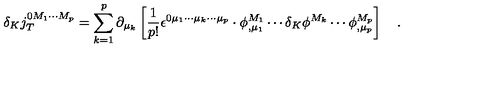
\delta _ { K } j _ { T } ^ { 0 M _ { 1 } \cdots M _ { p } } = \sum _ { k = 1 } ^ { p } \partial _ { \mu _ { k } } \left[ \frac 1 { p ! } \epsilon ^ { 0 \mu _ { 1 } \cdots \mu _ { k } \cdots \mu _ { p } } \cdot \phi _ { , \mu _ { 1 } } ^ { M _ { 1 } } \cdots \delta _ { K } \phi ^ { M _ { k } } \cdots \phi _ { , \mu _ { p } } ^ { M _ { p } } \right] \quad .